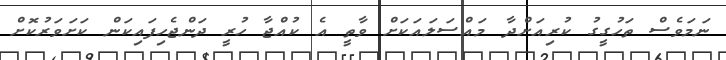
ނަމަވެސް ތަހުގީގު ކުރިއަށްދާ މައްސަލައަކަށް ވާތީ އެ ކުއްޖާ ހުރީ ދަންޖެހިފައިކަން ކަށަވަރުކޮށް